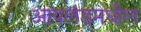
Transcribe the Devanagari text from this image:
आयलंडमधील